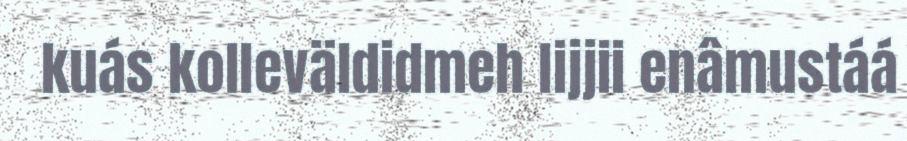
kuás kolleväldidmeh lijjii enâmustáá